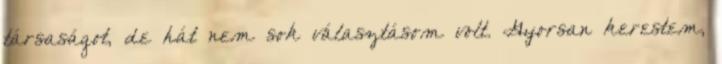
társaságot, de hát nem sok választásom volt. Gyorsan kerestem,